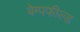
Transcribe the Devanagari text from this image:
बेम्पफील्ड